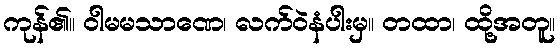
ကုန်၏။ ဝါမမသာဏေ၊ လက်ဝဲနံပါးမှ။ တထာ၊ ထို့အတူ။